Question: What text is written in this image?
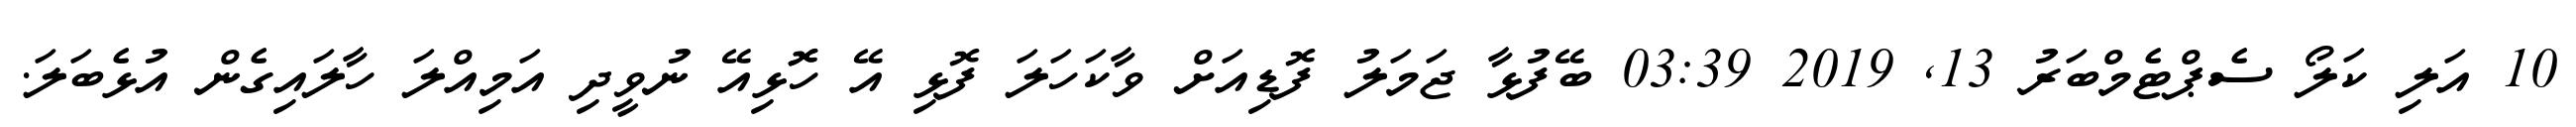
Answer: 10 އަލި ކަލޯ ސެޕްޓެމްބަރު 13, 2019 03:39 ބޭފުޅާ ޖަމަލު ފޮޑިއަށް ވާކަހަލަ ފޮޅި އޭ ހޮޮޅިއޭ ނުވީދި އަމިއްލަ ހާލައިގެން އުޅެބަލަ.